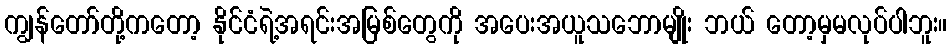
ကျွန်တော်တို့ကတော့ နိုင်ငံရဲ့အရင်းအမြစ်တွေကို အပေးအယူသဘောမျိုး ဘယ် တော့မှမလုပ်ပါဘူး။